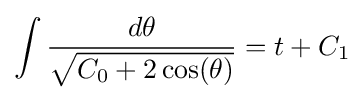
\int {\frac {d\theta }{\sqrt {C_{0}+2\cos(\theta )}}}=t+C_{1}